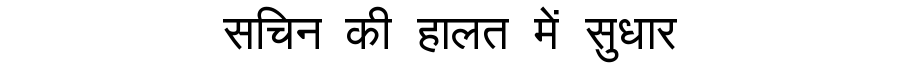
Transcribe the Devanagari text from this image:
सचिन की हालत में सुधार